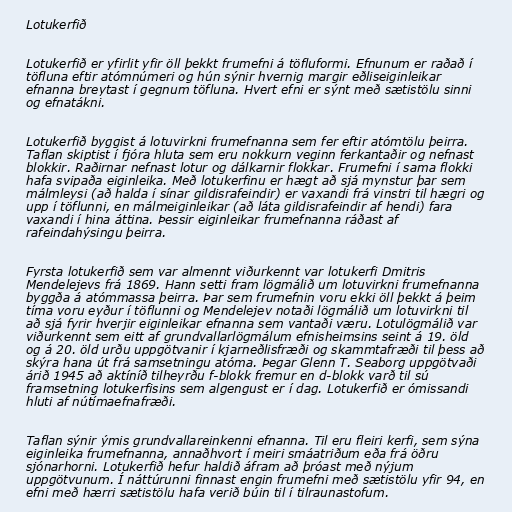
Lotukerfið

Lotukerfið er yfirlit yfir öll þekkt frumefni á töfluformi. Efnunum er raðað í
töfluna eftir atómnúmeri og hún sýnir hvernig margir eðliseiginleikar
efnanna breytast í gegnum töfluna. Hvert efni er sýnt með sætistölu sinni
og efnatákni.

Lotukerfið byggist á lotuvirkni frumefnanna sem fer eftir atómtölu þeirra.
Taflan skiptist í fjóra hluta sem eru nokkurn veginn ferkantaðir og nefnast
blokkir. Raðirnar nefnast lotur og dálkarnir flokkar. Frumefni í sama flokki
hafa svipaða eiginleika. Með lotukerfinu er hægt að sjá mynstur þar sem
málmleysi (að halda í sínar gildisrafeindir) er vaxandi frá vinstri til hægri og
upp í töflunni, en málmeiginleikar (að láta gildisrafeindir af hendi) fara
vaxandi í hina áttina. Þessir eiginleikar frumefnanna ráðast af
rafeindahýsingu þeirra.

Fyrsta lotukerfið sem var almennt viðurkennt var lotukerfi Dmitris
Mendelejevs frá 1869. Hann setti fram lögmálið um lotuvirkni frumefnanna
byggða á atómmassa þeirra. Þar sem frumefnin voru ekki öll þekkt á þeim
tíma voru eyður í töflunni og Mendelejev notaði lögmálið um lotuvirkni til
að sjá fyrir hverjir eiginleikar efnanna sem vantaði væru. Lotulögmálið var
viðurkennt sem eitt af grundvallarlögmálum efnisheimsins seint á 19. öld
og á 20. öld urðu uppgötvanir í kjarneðlisfræði og skammtafræði til þess að
skýra hana út frá samsetningu atóma. Þegar Glenn T. Seaborg uppgötvaði
árið 1945 að aktíníð tilheyrðu f-blokk fremur en d-blokk varð til sú
framsetning lotukerfisins sem algengust er í dag. Lotukerfið er ómissandi
hluti af nútímaefnafræði.

Taflan sýnir ýmis grundvallareinkenni efnanna. Til eru fleiri kerfi, sem sýna
eiginleika frumefnanna, annaðhvort í meiri smáatriðum eða frá öðru
sjónarhorni. Lotukerfið hefur haldið áfram að þróast með nýjum
uppgötvunum. Í náttúrunni finnast engin frumefni með sætistölu yfir 94, en
efni með hærri sætistölu hafa verið búin til í tilraunastofum.